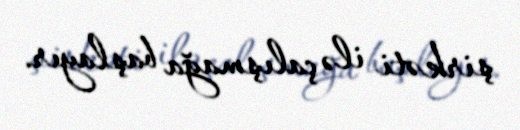
şirkəti ilə çalışmağa başlayır.